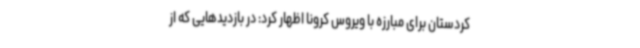
کردستان برای مبارزه با ویروس کرونا اظهار کرد: در بازدیدهایی که از